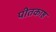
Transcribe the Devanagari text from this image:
पीतकाष्ठ